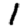
Digit: 1